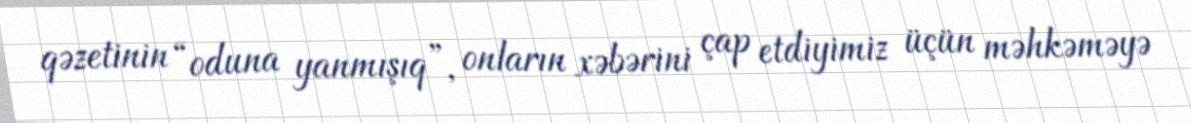
qəzetinin “oduna yanmışıq”, onların xəbərini çap etdiyimiz üçün məhkəməyə